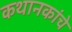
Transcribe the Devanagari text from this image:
कथानकांचे